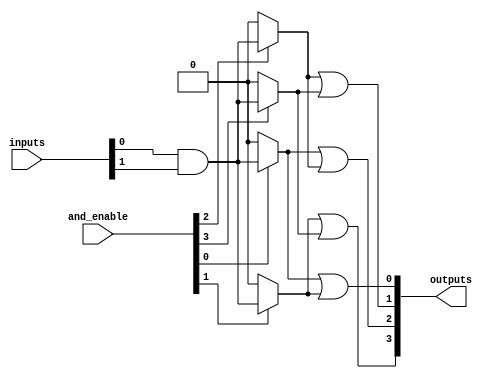
module HS_PAL #(
    parameter NUM_INPUTS = 8,       // Number of inputs
    parameter NUM_OUTPUTS = 4,      // Number of outputs
    parameter NUM_AND_TERMS = 4      // Number of programmable AND gates
)(
    input wire [NUM_INPUTS-1:0] inputs,   // Input lines
    input wire [NUM_AND_TERMS-1:0] and_enable, // Control signals for AND gates
    output wire [NUM_OUTPUTS-1:0] outputs  // Output lines
);

// Intermediate signals for programmable AND gates
wire [NUM_AND_TERMS-1:0] and_outputs;

// Programmable AND Plane
genvar i;
generate
    for (i = 0; i < NUM_AND_TERMS; i = i + 1) begin : and_gates
        // Each AND gate combines inputs based on enable signals
        assign and_outputs[i] = and_enable[i] ? (inputs[0] & inputs[1]) : 1'b0; // Example: AND of inputs[0] and inputs[1]
    end
endgenerate

// Fixed OR Plane
assign outputs[0] = and_outputs[0] | and_outputs[1]; // Example OR combination
assign outputs[1] = and_outputs[2] | and_outputs[3]; // Example OR combination
assign outputs[2] = and_outputs[0] | and_outputs[2]; // Example OR combination
assign outputs[3] = and_outputs[1] | and_outputs[3]; // Example OR combination

endmodule